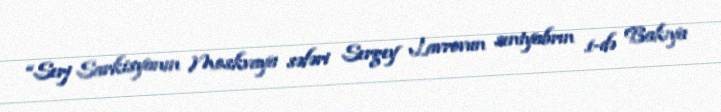
“Serj Sarkisyanın Moskvaya səfəri Sergey Lavrovun sentyabrın 1-də Bakıya